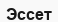
Эссет